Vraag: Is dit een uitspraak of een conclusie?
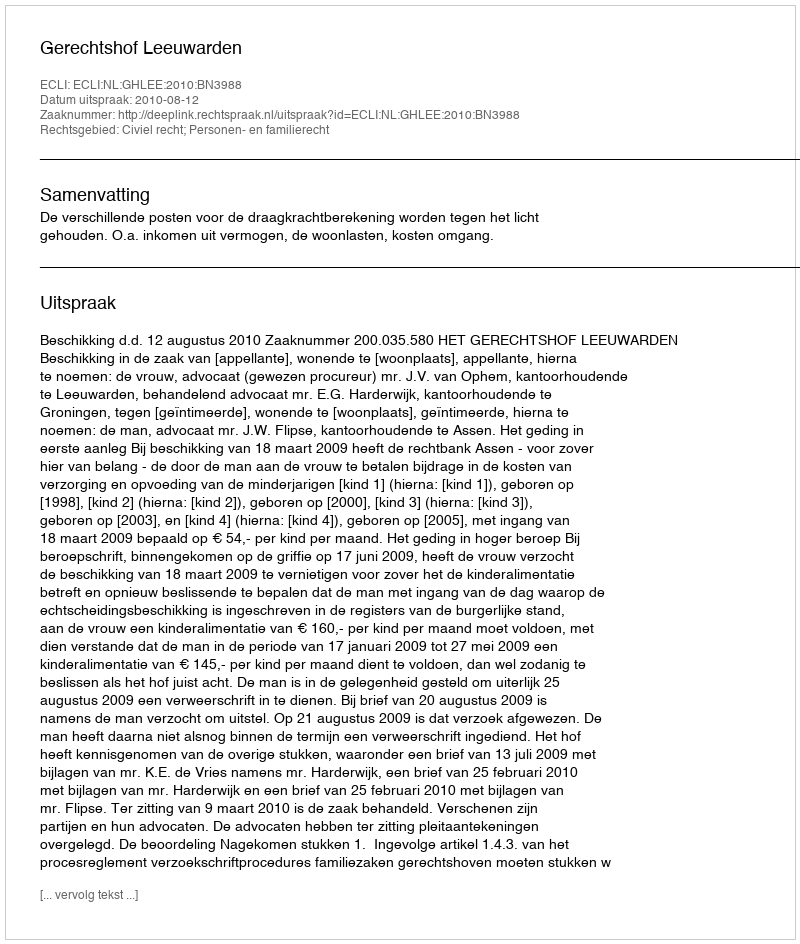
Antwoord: Uitspraak